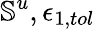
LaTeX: \mathbb{S}^{u},\epsilon_{1,tol}